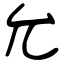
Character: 允